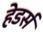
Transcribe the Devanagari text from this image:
हेडर्स